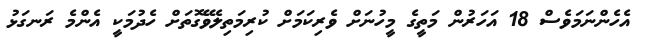
އެހެންނަމަވެސް 18 އަހަރުން މަތީގެ މީހުނަށް ވެރިކަމަށް ކުރިމަތިލެވޭގޮތަށް ހެދުމަކީ އެންމެ ރަނގަޅު